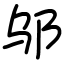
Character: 邬